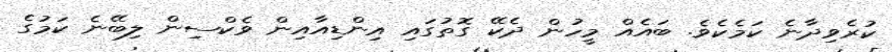
ކުރެވިދާނެ ކަމެކެވެ. ބައެއް މީހުން ދެކޭ ގޮތުގައި އިންޑިއާއިން ވެކްސިން ލިބޭނެ ކަމުގެ